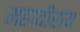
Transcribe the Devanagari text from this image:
महावीराय